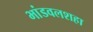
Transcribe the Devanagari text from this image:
भांडवलशहा